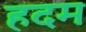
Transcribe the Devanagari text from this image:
हदम